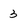
Character: 3